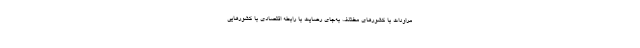
مراودات با کشورهای مختلف به‌جای رضایت با رابطه اقتصادی با کشورهایی